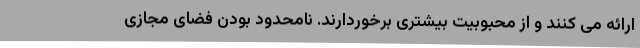
ارائه می کنند و از محبوبیت بیشتری برخوردارند. نامحدود بودن فضای مجازی